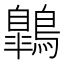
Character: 鷱